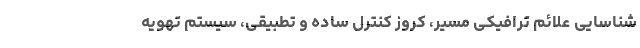
شناسایی علائم ترافیکی مسیر، کروز کنترل ساده و تطبیقی، سیستم تهویه